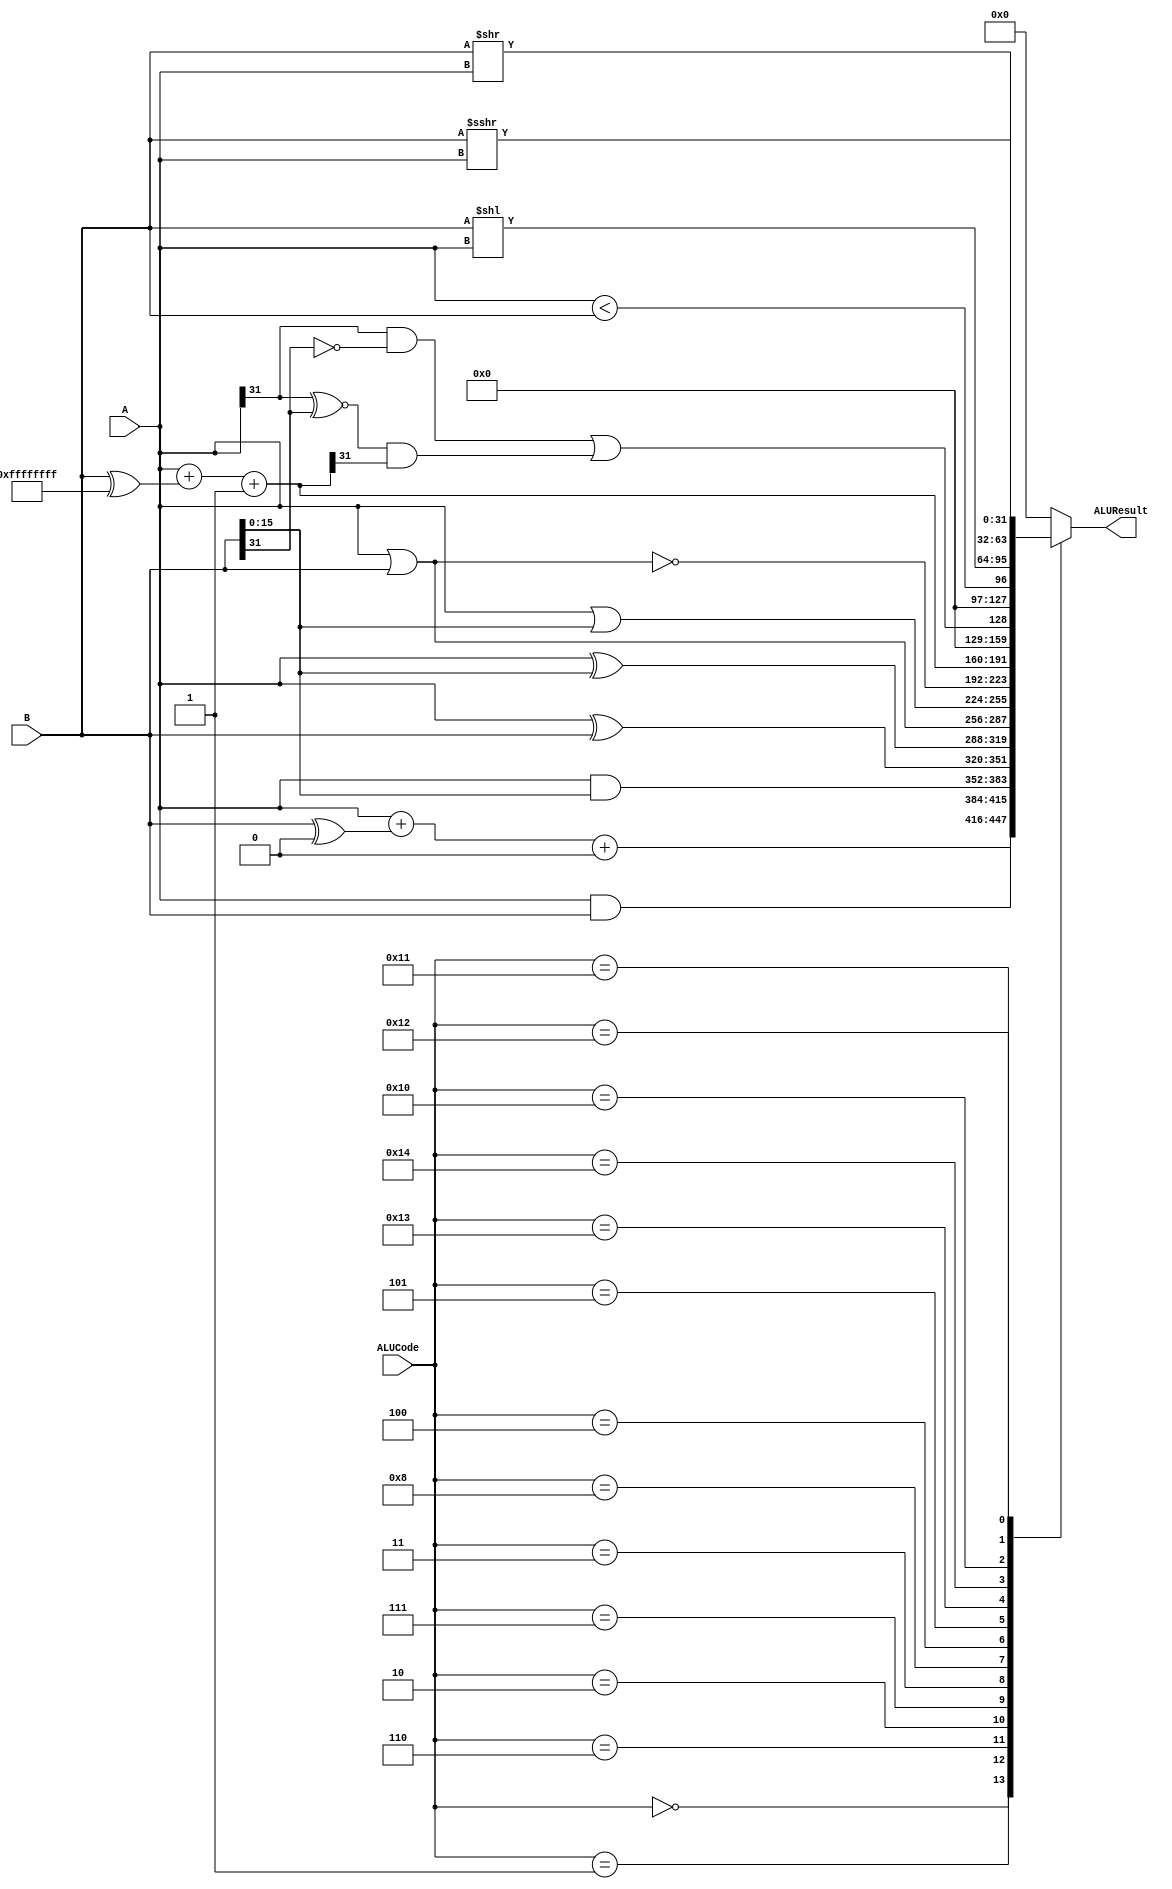
`timescale 1ns / 1ps
//////////////////////////////////////////////////////////////////////////////////
// Company:  ZJU
// Description:   Arithmetic Logical Unit  
//
//////////////////////////////////////////////////////////////////////////////////

module ALU (
	// Outputs
	ALUResult,
	// Inputs
	ALUCode, A, B
);

	input [4:0]	ALUCode;				// Operation select
	input [31:0]	A, B;

	output reg[31:0]	 ALUResult;
	

//******************************************************************************
// Shift operation: ">>>" will perform an arithmetic shift, but the operand
// must be reg signed
//******************************************************************************
	reg signed [31:0] B_reg;
	
	always @(B) begin
		B_reg = B;
	end

	
// Decoded ALU operation select (ALUsel) signals
   	parameter	 alu_add=  5'b00000;
   	parameter	 alu_and=  5'b00001;
   	parameter	 alu_xor=  5'b00010;
  	parameter	 alu_or =  5'b00011;
   	parameter	 alu_nor=  5'b00100;
   	parameter	 alu_sub=  5'b00101;
   	parameter	 alu_andi= 5'b00110;
   	parameter	 alu_xori= 5'b00111;
   	parameter	 alu_ori = 5'b01000;
   	parameter    alu_jr =  5'b01001;
   	parameter	 alu_beq=  5'b01010;
   	parameter	 alu_bne=  5'b01011;
   	parameter	 alu_bgez= 5'b01100;
   	parameter	 alu_bgtz= 5'b01101;
   	parameter	 alu_blez= 5'b01110;
   	parameter	 alu_bltz= 5'b01111;
   	parameter 	 alu_sll=  5'b10000;
   	parameter	 alu_srl=  5'b10001;
   	parameter	 alu_sra=  5'b10010;	
   	parameter	 alu_slt=  5'b10011;
   	parameter	 alu_sltu= 5'b10100;   

	reg [31:0]sum;
	
//******************************************************************************
// ALU Result datapath
//******************************************************************************

	always@(*)
	begin
		case ( ALUCode )
			alu_add:			ALUResult = A+(B^32'b0) + 0;	//addu
			alu_and:			ALUResult = A & B;	//subu
			alu_andi:			ALUResult = A& {16'b0 , B[15:0]};
			alu_xor:			ALUResult = A ^ B;
			alu_xori:			ALUResult = A ^ {16'b0 , B[15:0]};
			alu_or:				ALUResult = A | B;
			alu_ori:				ALUResult = A | {16'b0 , B[15:0]};
			alu_nor:			ALUResult = ~( A | B);
			alu_sub:			ALUResult = A + (B^32'hFFFFFFFF) + 1;
			alu_slt:						
							begin
								sum=A+(B^32'hFFFFFFFF)  + 1;     		 // sum=A-B
								ALUResult = (  A[31]&(~B[31])  )  ||      // A<0 ,B>=0
														( (A[31]~^B[31]) & sum[31] ) ;   //   A-B<0
							end
			alu_sltu:		ALUResult= ( A < B );
			alu_sll:			ALUResult=	B << A;
			alu_srl:			ALUResult=	B >> A;
			alu_sra:		ALUResult=B_reg >>> A;
			
			default : 		ALUResult=0;
			
      	endcase
		
	end

		
endmodule